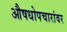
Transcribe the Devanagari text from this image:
औषधोपचारांवर